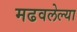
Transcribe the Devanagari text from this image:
मढवलेल्या